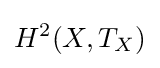
H^{2}(X,T_{X})